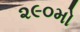
૨૯૦મો